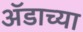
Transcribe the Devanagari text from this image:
ॲडाच्या